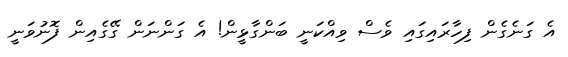
އެ ގަނެގެން ފިހާރައިގައި ވެސް ވިއްކަނީ ބަންގާޅީން! އެ ގަންނަން ގޭގެއިން ފޮނުވަނީ